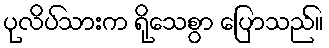
ပုလိပ်သားက ရိုသေစွာ ပြောသည်။